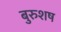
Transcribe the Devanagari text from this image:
बुरुशष